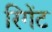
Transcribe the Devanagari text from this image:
रिगेंट